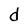
Character: d